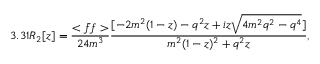
3 . 3 1 R _ { 2 } [ z ] = \frac { < \bar { f } f > } { 2 4 m ^ { 3 } } \frac { [ - 2 m ^ { 2 } ( 1 - z ) - q ^ { 2 } z + i z \sqrt { 4 m ^ { 2 } q ^ { 2 } - q ^ { 4 } } ] } { m ^ { 2 } ( 1 - z ) ^ { 2 } + q ^ { 2 } z } ,